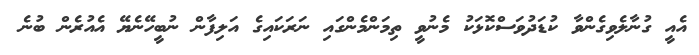
އެއީ ގުނާލެވިގެންވާ ކުޑަދުވަސްކޮޅަކު މެނުވީ ތިމަންމެންގައި ނަރަކައިގެ އަލިފާން ނުބީހޭނެޔޭ އެއުރެން ބުނެ